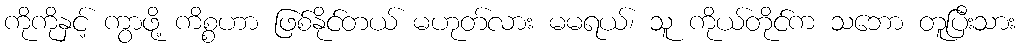
ကိုကိုနှင့် ကွာဖို့ ကိစ္စဟာ ဖြစ်နိုင်တယ် မဟုတ်လား မမရယ်၊ သူ ကိုယ်တိုင်က သဘော တူပြီးသား